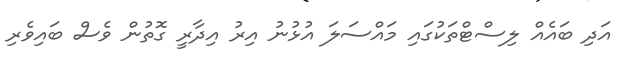
އަދި ބައެއް ލިސްޓްތަކުގައި މައްސަލަ އުޅުނު އިރު އިދާރީ ގޮތުން ވެސް ބައިވެރި